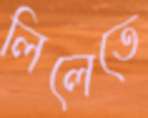
লিলেতে